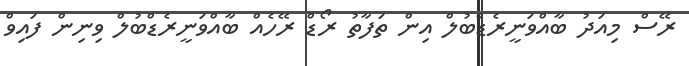
ރޭސް މިއަދު ބާއްވަނީރެޑްބުލް އިން ތަފާތު ރޯޑް ރޭހެއް ބާއްވަނީރެޑްބުލް ވިނިން ފައިވް